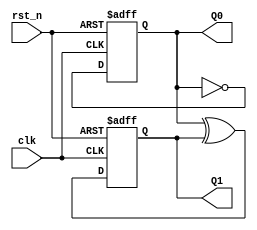
// Copyright (C) 2020  Intel Corporation. All rights reserved.
// Your use of Intel Corporation's design tools, logic functions 
// and other software and tools, and any partner logic 
// functions, and any output files from any of the foregoing 
// (including device programming or simulation files), and any 
// associated documentation or information are expressly subject 
// to the terms and conditions of the Intel Program License 
// Subscription Agreement, the Intel Quartus Prime License Agreement,
// the Intel FPGA IP License Agreement, or other applicable license
// agreement, including, without limitation, that your use is for
// the sole purpose of programming logic devices manufactured by
// Intel and sold by Intel or its authorized distributors.  Please
// refer to the applicable agreement for further details, at
// https://fpgasoftware.intel.com/eula.

// PROGRAM		"Quartus Prime"
// VERSION		"Version 20.1.1 Build 720 11/11/2020 SJ Lite Edition"
// CREATED		"Wed Nov 16 21:56:56 2022"

module count_4(
	clk,
	rst_n,
	Q0,
	Q1
);


input wire	clk;
input wire	rst_n;
output wire	Q0;
output wire	Q1;

reg	[0:0] result;
wire	SYNTHESIZED_WIRE_0;
wire	SYNTHESIZED_WIRE_1;
reg	DFF_inst;

assign	Q1 = DFF_inst;




always@(posedge clk or negedge rst_n)
begin
if (!rst_n)
	begin
	DFF_inst <= 0;
	end
else
	begin
	DFF_inst <= SYNTHESIZED_WIRE_0;
	end
end


always@(posedge clk or negedge rst_n)
begin
if (!rst_n)
	begin
	result[0] <= 0;
	end
else
	begin
	result[0] <= SYNTHESIZED_WIRE_1;
	end
end

assign	SYNTHESIZED_WIRE_1 =  ~result;

assign	SYNTHESIZED_WIRE_0 = result ^ DFF_inst;

assign	Q0 = result;

endmodule